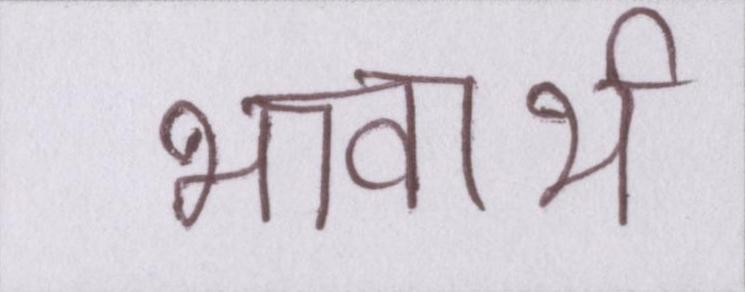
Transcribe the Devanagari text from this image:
भावार्थ